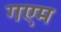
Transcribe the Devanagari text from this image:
गएम